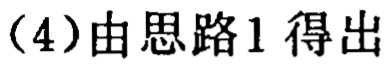
（4）由思路1得出